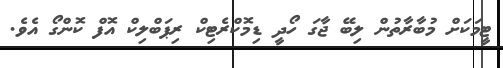
ޓީމަކަށް މުބާރާތުން ލިބޭ ޖާގަ ހޯދީ ޑިމޮކްރެޓިކް ރިޕަބްލިކް އޮފް ކޮންގޯ އެވެ.